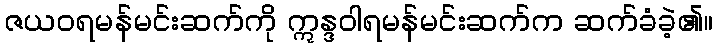
ဇယဝရမန်မင်းဆက်ကို ဣန္ဒဝါရမန်မင်းဆက်က ဆက်ခံခဲ့၏။